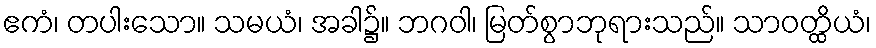
ဧကံ၊ တပါးသော။ သမယံ၊ အခါ၌။ ဘဂဝါ၊ မြတ်စွာဘုရားသည်။ သာဝတ္ထိယံ၊